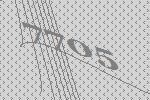
7705